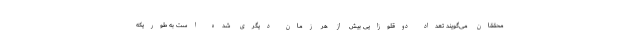
محققان می‌گویند تعداد دوقلوزایی بیش از هر زمان دیگری شده است به طوریکه